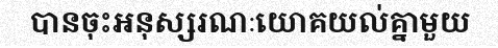
បានចុះអនុស្សរណៈយោគយល់គ្នាមួយ